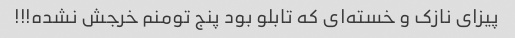
پیزای نازک و خسته‌ای که تابلو بود پنج تومنم خرجش نشده!!!